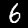
Label: 6